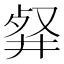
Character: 𠭘